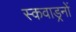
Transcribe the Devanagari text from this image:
स्कवाड्रनों